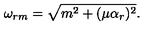
\omega _ { r m } = \sqrt { m ^ { 2 } + ( \mu \alpha _ { r } ) ^ { 2 } } .